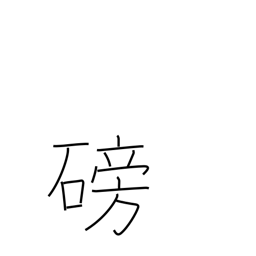
Meaning: become obstructed